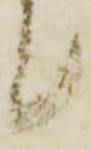
候